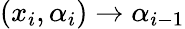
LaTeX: (x_{i},\alpha_{i})\rightarrow\alpha_{i-1}